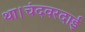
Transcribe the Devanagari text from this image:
था।चंदवरदाई